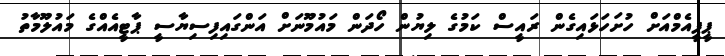
ޕީޕީއެމްއަށް ހުށަހަޅައިގެން ރައީސް ކަމުގެ ލިޔުން ހޯދަން މައުމޫނަށް އަންގައިފިސިޔާސީ ޕާޓީއެއްގެ މައުލޫމާތު